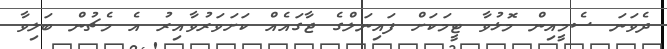
ދެވަނަ ސެމީއިން މޮޅުވާ ޓީމަކަށް ފައިނަލްގެ ޖާގައެއް ކަށަވަރުވާއިރު އެ މެޗުން ބަލިވާ